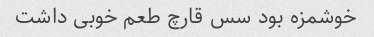
خوشمزه بود سس قارچ طعم خوبی داشت